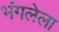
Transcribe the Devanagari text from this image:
भंगलेला